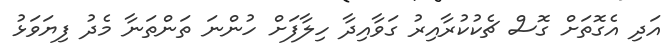
އަދި އެގޮތަށް ގޮސް ޗެކުކުރާއިރު ގަވާއިދާ ހިލާފަށް ހުންނަ ތަންތަނާ މެދު ފިޔަވަޅު